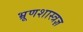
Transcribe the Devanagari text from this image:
भ्रूणशास्त्रज्ञ